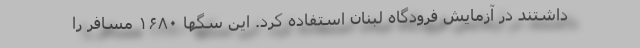
داشتند در آزمایش فرودگاه لبنان استفاده کرد. این سگها ۱۶۸۰ مسافر را